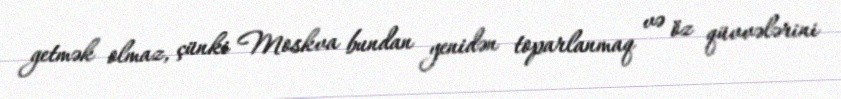
getmək olmaz, çünki Moskva bundan yenidən toparlanmaq və öz qüvvələrini